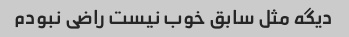
دیگه مثل سابق خوب نیست راضی نبودم